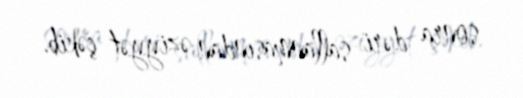
sonra dəri sallanmasından əziyyət çəkib.